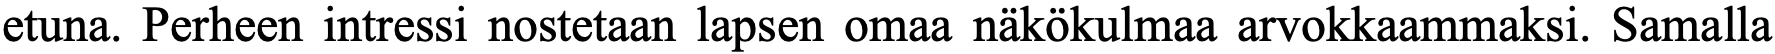
etuna. Perheen intressi nostetaan lapsen omaa näkökulmaa arvokkaammaksi. Samalla